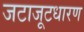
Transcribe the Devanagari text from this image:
जटाजूटधारण